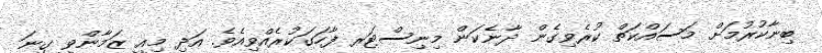
ބިނާކުރުމަށް މަސައްކަތް ކުރެވިގެން ދާނެކަން މިނިސްޓަރ ފާހަގަކުރެއްވިއެވެ. އަދި މިއީ ޒަމާންވީ ގިނަ